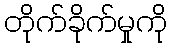
တိုက်ခိုက်မှုကို